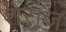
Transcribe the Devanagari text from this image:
शेराज